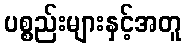
ပစ္စည်းများနှင့်အတူ